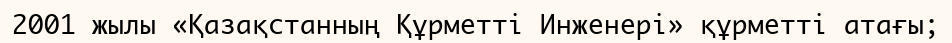
2001 жылы «Қазақстанның Құрметті Инженері» құрметті атағы;